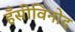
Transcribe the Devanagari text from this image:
हँसीविनोद